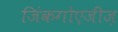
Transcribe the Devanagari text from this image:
जिंकगोएजीज़